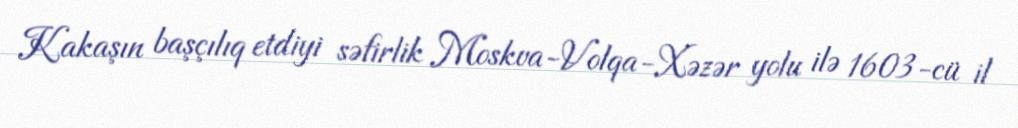
Kakaşın başçılıq etdiyi səfirlik Moskva-Volqa-Xəzər yolu ilə 1603-cü il